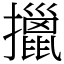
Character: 擸